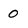
Character: 0